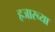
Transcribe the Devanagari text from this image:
हजारच्या